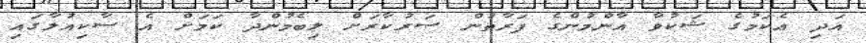
އަދި އެކަމުގެ ޝަކުވާ އާންމުންގެ ފަރާތުން ސަރުކާރަށް ލިބެމުންދާ ކަމަށް އެ ސާކިއުލާގައި